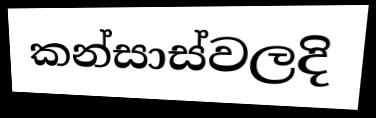
කන්සාස්වලදි